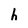
Character: h